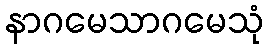
နာဂမေသာဂမေသုံ